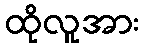
ထိုလူအား